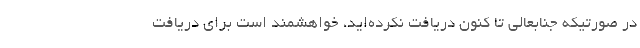
در صورتیکه جنابعالی تا کنون دریافت نکرده‌اید، خواهشمند است برای دریافت